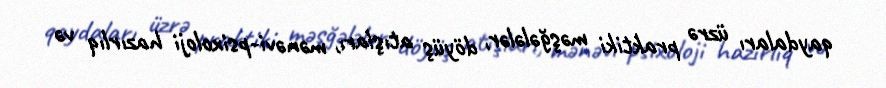
qaydaları üzrə praktiki məşğələlər, döyüş atışları, mənəvi-psixoloji hazırlıq və